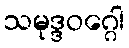
သမုဒ္ဒဝဂ္ဂေါ